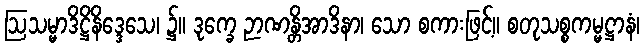
ဩသမ္မာဒိဋ္ဌိနိဒ္ဒေသေ၊ ၌။ ဒုက္ခေ ဉာဏန္တိအာဒိနာ၊ သော စကားဖြင့်။ စတုသစ္စကမ္မဋ္ဌာနံ၊